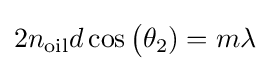
2n_{\rm {oil}}d\cos {\big (}\theta _{2})=m\lambda